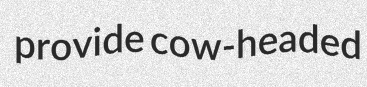
provide cow-headed